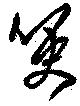
哽